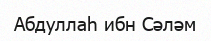
Абдуллаһ ибн Сәләм